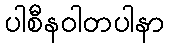
ပါစီနဝါတပါနာ